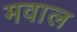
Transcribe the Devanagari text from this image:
मवाल